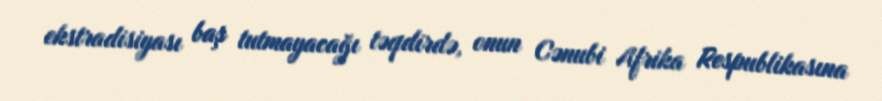
ekstradisiyası baş tutmayacağı təqdirdə, onun Cənubi Afrika Respublikasına